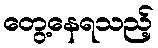
တွေ့နေရသည့်